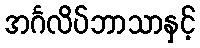
အင်္ဂလိပ်ဘာသာနှင့်